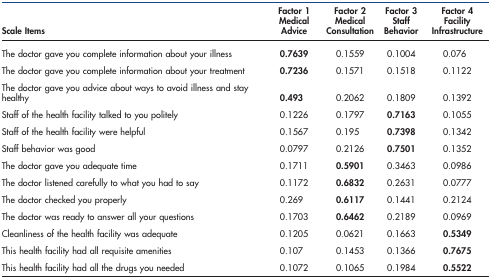
<table><thead><tr><td><b>Scale Items</b></td><td><b>Factor 1 Medical Advice</b></td><td><b>Factor 2 Medical Consultation</b></td><td><b>Factor 3 Staff Behavior</b></td><td><b>Factor 4 Facility Infrastructure</b></td></tr></thead><tbody><tr><td>The doctor gave you complete information about your illness</td><td><b>0.7639</b></td><td>0.1559</td><td>0.1004</td><td>0.076</td></tr><tr><td>The doctor gave you complete information about your treatment</td><td><b>0.7236</b></td><td>0.1571</td><td>0.1518</td><td>0.1122</td></tr><tr><td>The doctor gave you advice about ways to avoid illness and stay healthy</td><td><b>0.493</b></td><td>0.2062</td><td>0.1809</td><td>0.1392</td></tr><tr><td>Staff of the health facility talked to you politely</td><td>0.1226</td><td>0.1797</td><td><b>0.7163</b></td><td>0.1055</td></tr><tr><td>Staff of the health facility were helpful</td><td>0.1567</td><td>0.195</td><td><b>0.7398</b></td><td>0.1342</td></tr><tr><td>Staff behavior was good</td><td>0.0797</td><td>0.2126</td><td><b>0.7501</b></td><td>0.1352</td></tr><tr><td>The doctor gave you adequate time</td><td>0.1711</td><td><b>0.5901</b></td><td>0.3463</td><td>0.0986</td></tr><tr><td>The doctor listened carefully to what you had to say</td><td>0.1172</td><td><b>0.6832</b></td><td>0.2631</td><td>0.0777</td></tr><tr><td>The doctor checked you properly</td><td>0.269</td><td><b>0.6117</b></td><td>0.1441</td><td>0.2124</td></tr><tr><td>The doctor was ready to answer all your questions</td><td>0.1703</td><td><b>0.6462</b></td><td>0.2189</td><td>0.0969</td></tr><tr><td>Cleanliness of the health facility was adequate</td><td>0.1205</td><td>0.0621</td><td>0.1663</td><td><b>0.5349</b></td></tr><tr><td>This health facility had all requisite amenities</td><td>0.107</td><td>0.1453</td><td>0.1366</td><td><b>0.7675</b></td></tr><tr><td>This health facility had all the drugs you needed</td><td>0.1072</td><td>0.1065</td><td>0.1984</td><td><b>0.5522</b></td></tr></tbody></table>